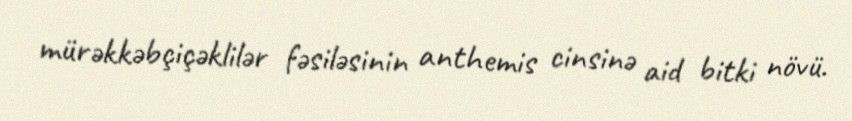
mürəkkəbçiçəklilər fəsiləsinin anthemis cinsinə aid bitki növü.